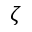
\zeta